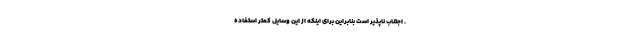
. اجتناب ناپذیر است بنابراین برای اینکه از این وسایل کمتر استفاده